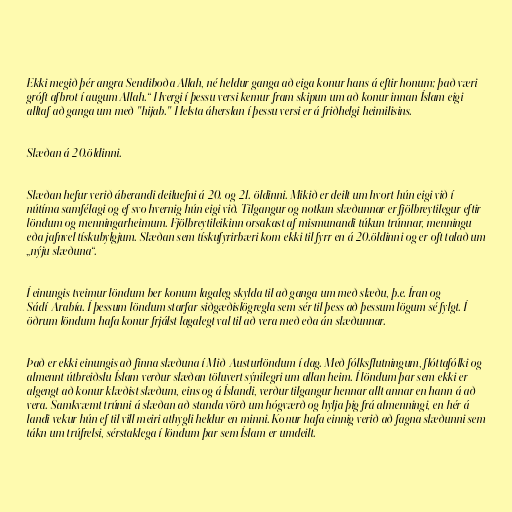
Ekki megið þér angra Sendiboða Allah, né heldur ganga að eiga konur hans á eftir honum; það væri
gróft afbrot í augum Allah.“ Hvergi í þessu versi kemur fram skipun um að konur innan Íslam eigi
alltaf að ganga um með "hijab." Helsta áherslan í þessu versi er á friðhelgi heimilisins.

Slæðan á 20.öldinni.

Slæðan hefur verið áberandi deiluefni á 20. og 21. öldinni. Mikið er deilt um hvort hún eigi við í
nútíma samfélagi og ef svo hvernig hún eigi við. Tilgangur og notkun slæðunnar er fjölbreytilegur eftir
löndum og menningarheimum. Fjölbreytileikinn orsakast af mismunandi túkun trúnnar, menningu
eða jafnvel tískubylgjum. Slæðan sem tískufyrirbæri kom ekki til fyrr en á 20.öldinni og er oft talað um
„nýju slæðuna“.

Í einungis tveimur löndum ber konum lagaleg skylda til að ganga um með slæðu, þ.e. Íran og
Sádí-Arabía. Í þessum löndum starfar siðgæðislögregla sem sér til þess að þessum lögum sé fylgt. Í
öðrum löndum hafa konur frjálst lagalegt val til að vera með eða án slæðunnar.

Það er ekki einungis að finna slæðuna í Mið-Austurlöndum í dag. Með fólksflutningum, flóttafólki og
almennt útbreiðslu Íslam verður slæðan töluvert sýnilegri um allan heim. Í löndum þar sem ekki er
algengt að konur klæðist slæðum, eins og á Íslandi, verður tilgangur hennar allt annar en hann á að
vera. Samkvæmt trúnni á slæðan að standa vörð um hógværð og hylja þig frá almenningi, en hér á
landi vekur hún ef til vill meiri athygli heldur en minni. Konur hafa einnig verið að fagna slæðunni sem
tákn um trúfrelsi, sérstaklega í löndum þar sem Íslam er umdeilt.